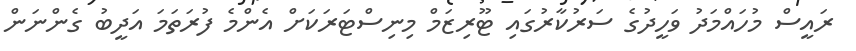
ރައީސް މުހައްމަދު ވަހީދުގެ ސަރުކާރުގައި ޓޫރިޒަމް މިނިސްޓަރަކަށް އެންމެ ފުރަތަމަ އަދީބު ގެންނަން